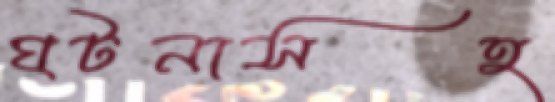
ঘটনাসহ